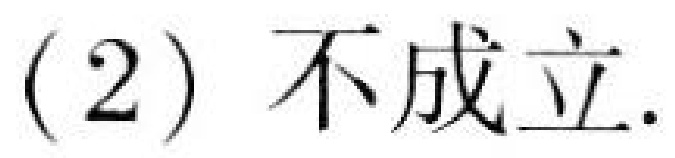
(2) 不成立.